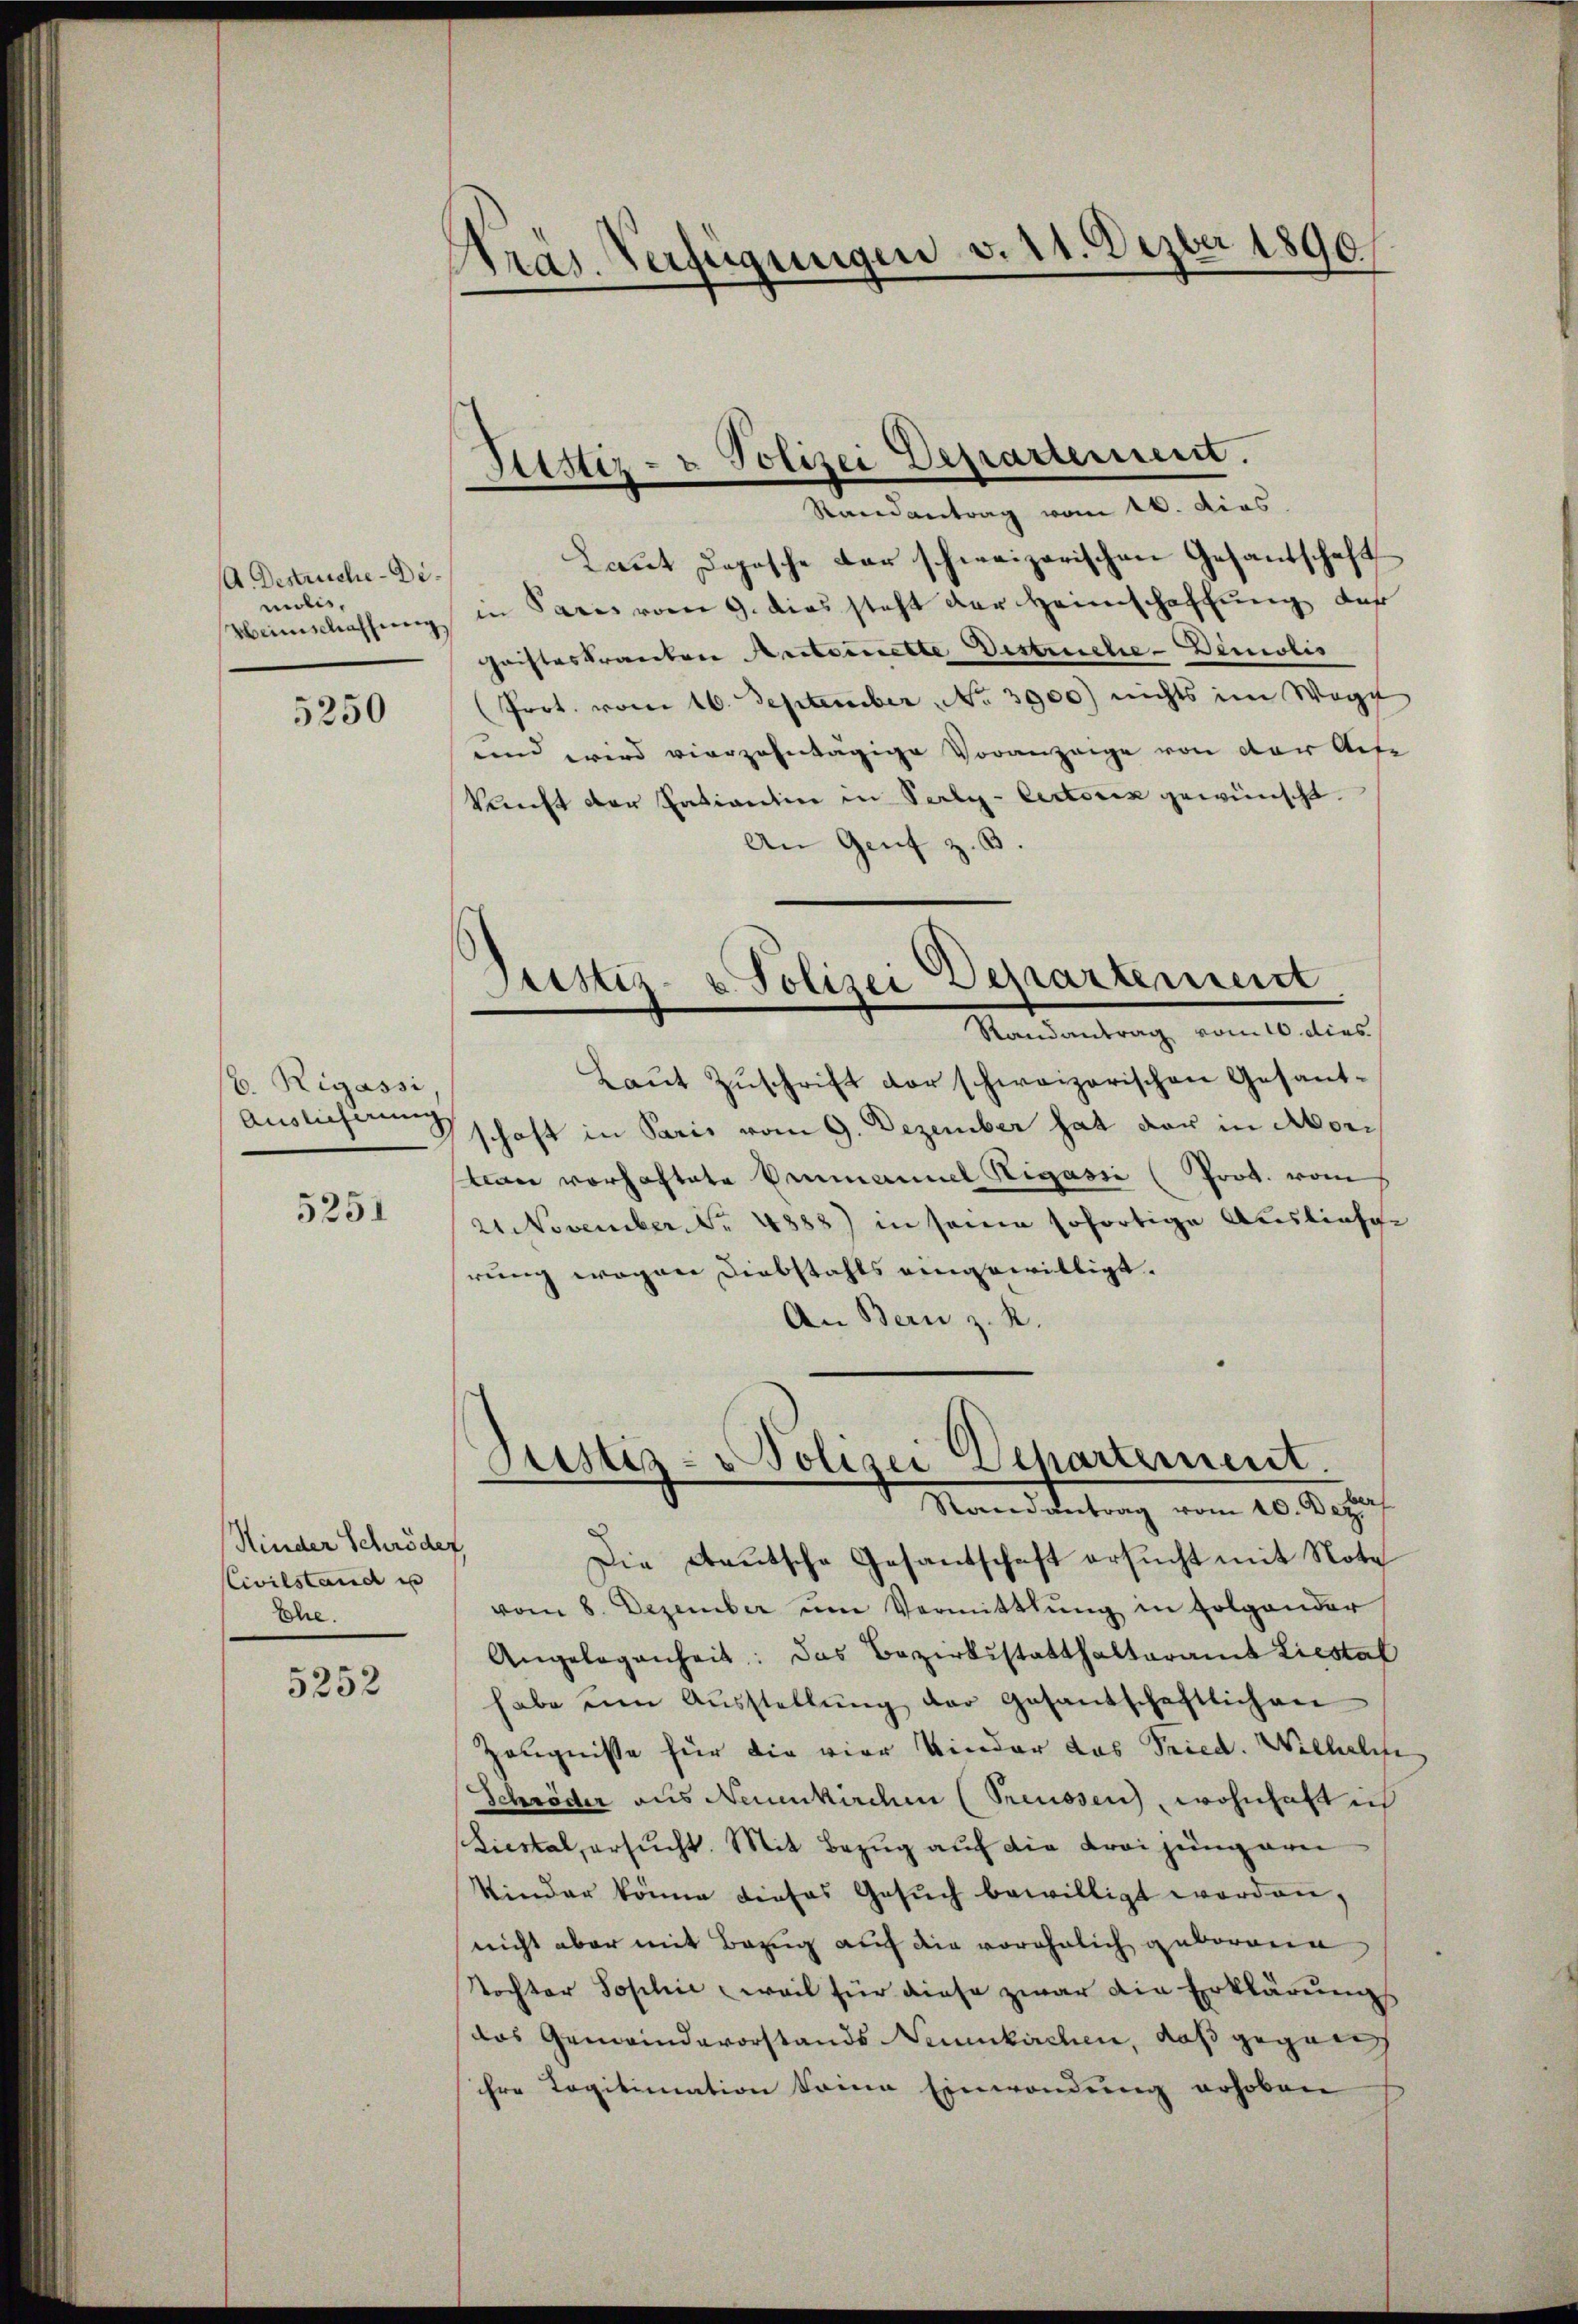
A. Destruche-Demolis,
Weinschaffung.

5250

b. Rigassi,
Auslieferung

5251

Kinder Schröder,
Civilstand es
Ehe.

5252

¬
Bras. Verfügungen v. 11. Dezbr 1890.

Sitter- u Polizei Departement.
Randantrag vom 16. dies

Laut Deposche der schweizerischen Gesandschaft
in Paris vom 9. dies steht der Heimschaffung das
chaisteskranten Ansteinette Distruche - Demolis
Prot. vom 16. September No. 3900) nichts im Wege
unnd wird vierzehntägige Voranzeige von der Aufe
kunft der Entiantin in Perly-Cectoriz gewünscht.
An Genf z. B.
Justiz- & Polizei Departement
Randantrag vom 10. dies
Laut Zuschrift der schweizerischen Gesantschaft in Paris vom 9. Dezember hat der in Mori
Can vorhaftete Baumanuel Rigasse (Prot. vom
21 November Nr 4888) in seine sofortige Ausliefe
rung wegen Diebstahls eingewilligt.
An Bern z. R.

Die Deutsche Gesantschaft ersucht mit Note
vom 8. Dezember ŭm Vermittlung in folgender
Angelegenheit: Das Bezirksstatthalteramt Liestal
habe eine Aŭsstellŭng der Gesandschaftlichen
Zeugnisse für die vier Kinder das Fried. Wilhel
Schröder aus Neuenkirchen (Preussen, wohnhaft ich
Liestal, ersucht. Mit Bezug auf die Frei jungarn
Kinder könne dieses Gesŭch bewilligt worden,
nicht aber mit Bezug auf die voröhnlich geborene
Tochter Soseline weil für diese zwar die Erklärungs
das Gemeindevorstands Neuenkirchen, daß gegen
ihre Tagitimation keine Einwendung erhoben

Justiz- Polizei Departement.
Maceddentrag vom 20. Depu